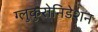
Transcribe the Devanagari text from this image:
ग्लुकुरोनिडेशन